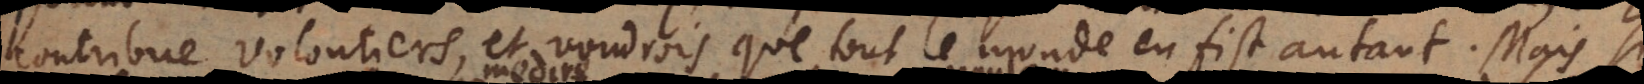
contribue volontiers, et voudrois que tout le monde en fist autant. Mais si